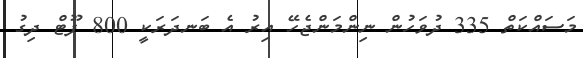
މަސައްކަތް 335 ދުވަހުން ނިންމަންޖެހޭ އިރު އެ ބަނދަރަކީ 800 ފޫޓް ދިގު